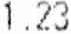
1.23